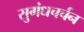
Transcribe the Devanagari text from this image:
सुगंधचर्चन